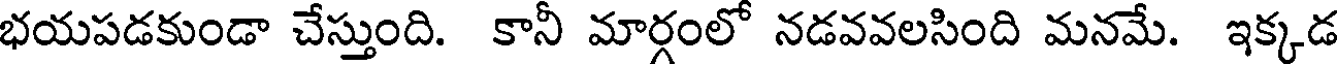
భయపడకుండా చేస్తుంది. కానీ మార్గంలో నడవవలసింది మనమే. ఇక్కడ